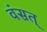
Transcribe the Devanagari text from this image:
वंसत्‌